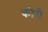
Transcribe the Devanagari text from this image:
कौमे